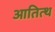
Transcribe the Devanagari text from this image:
आतित्थ